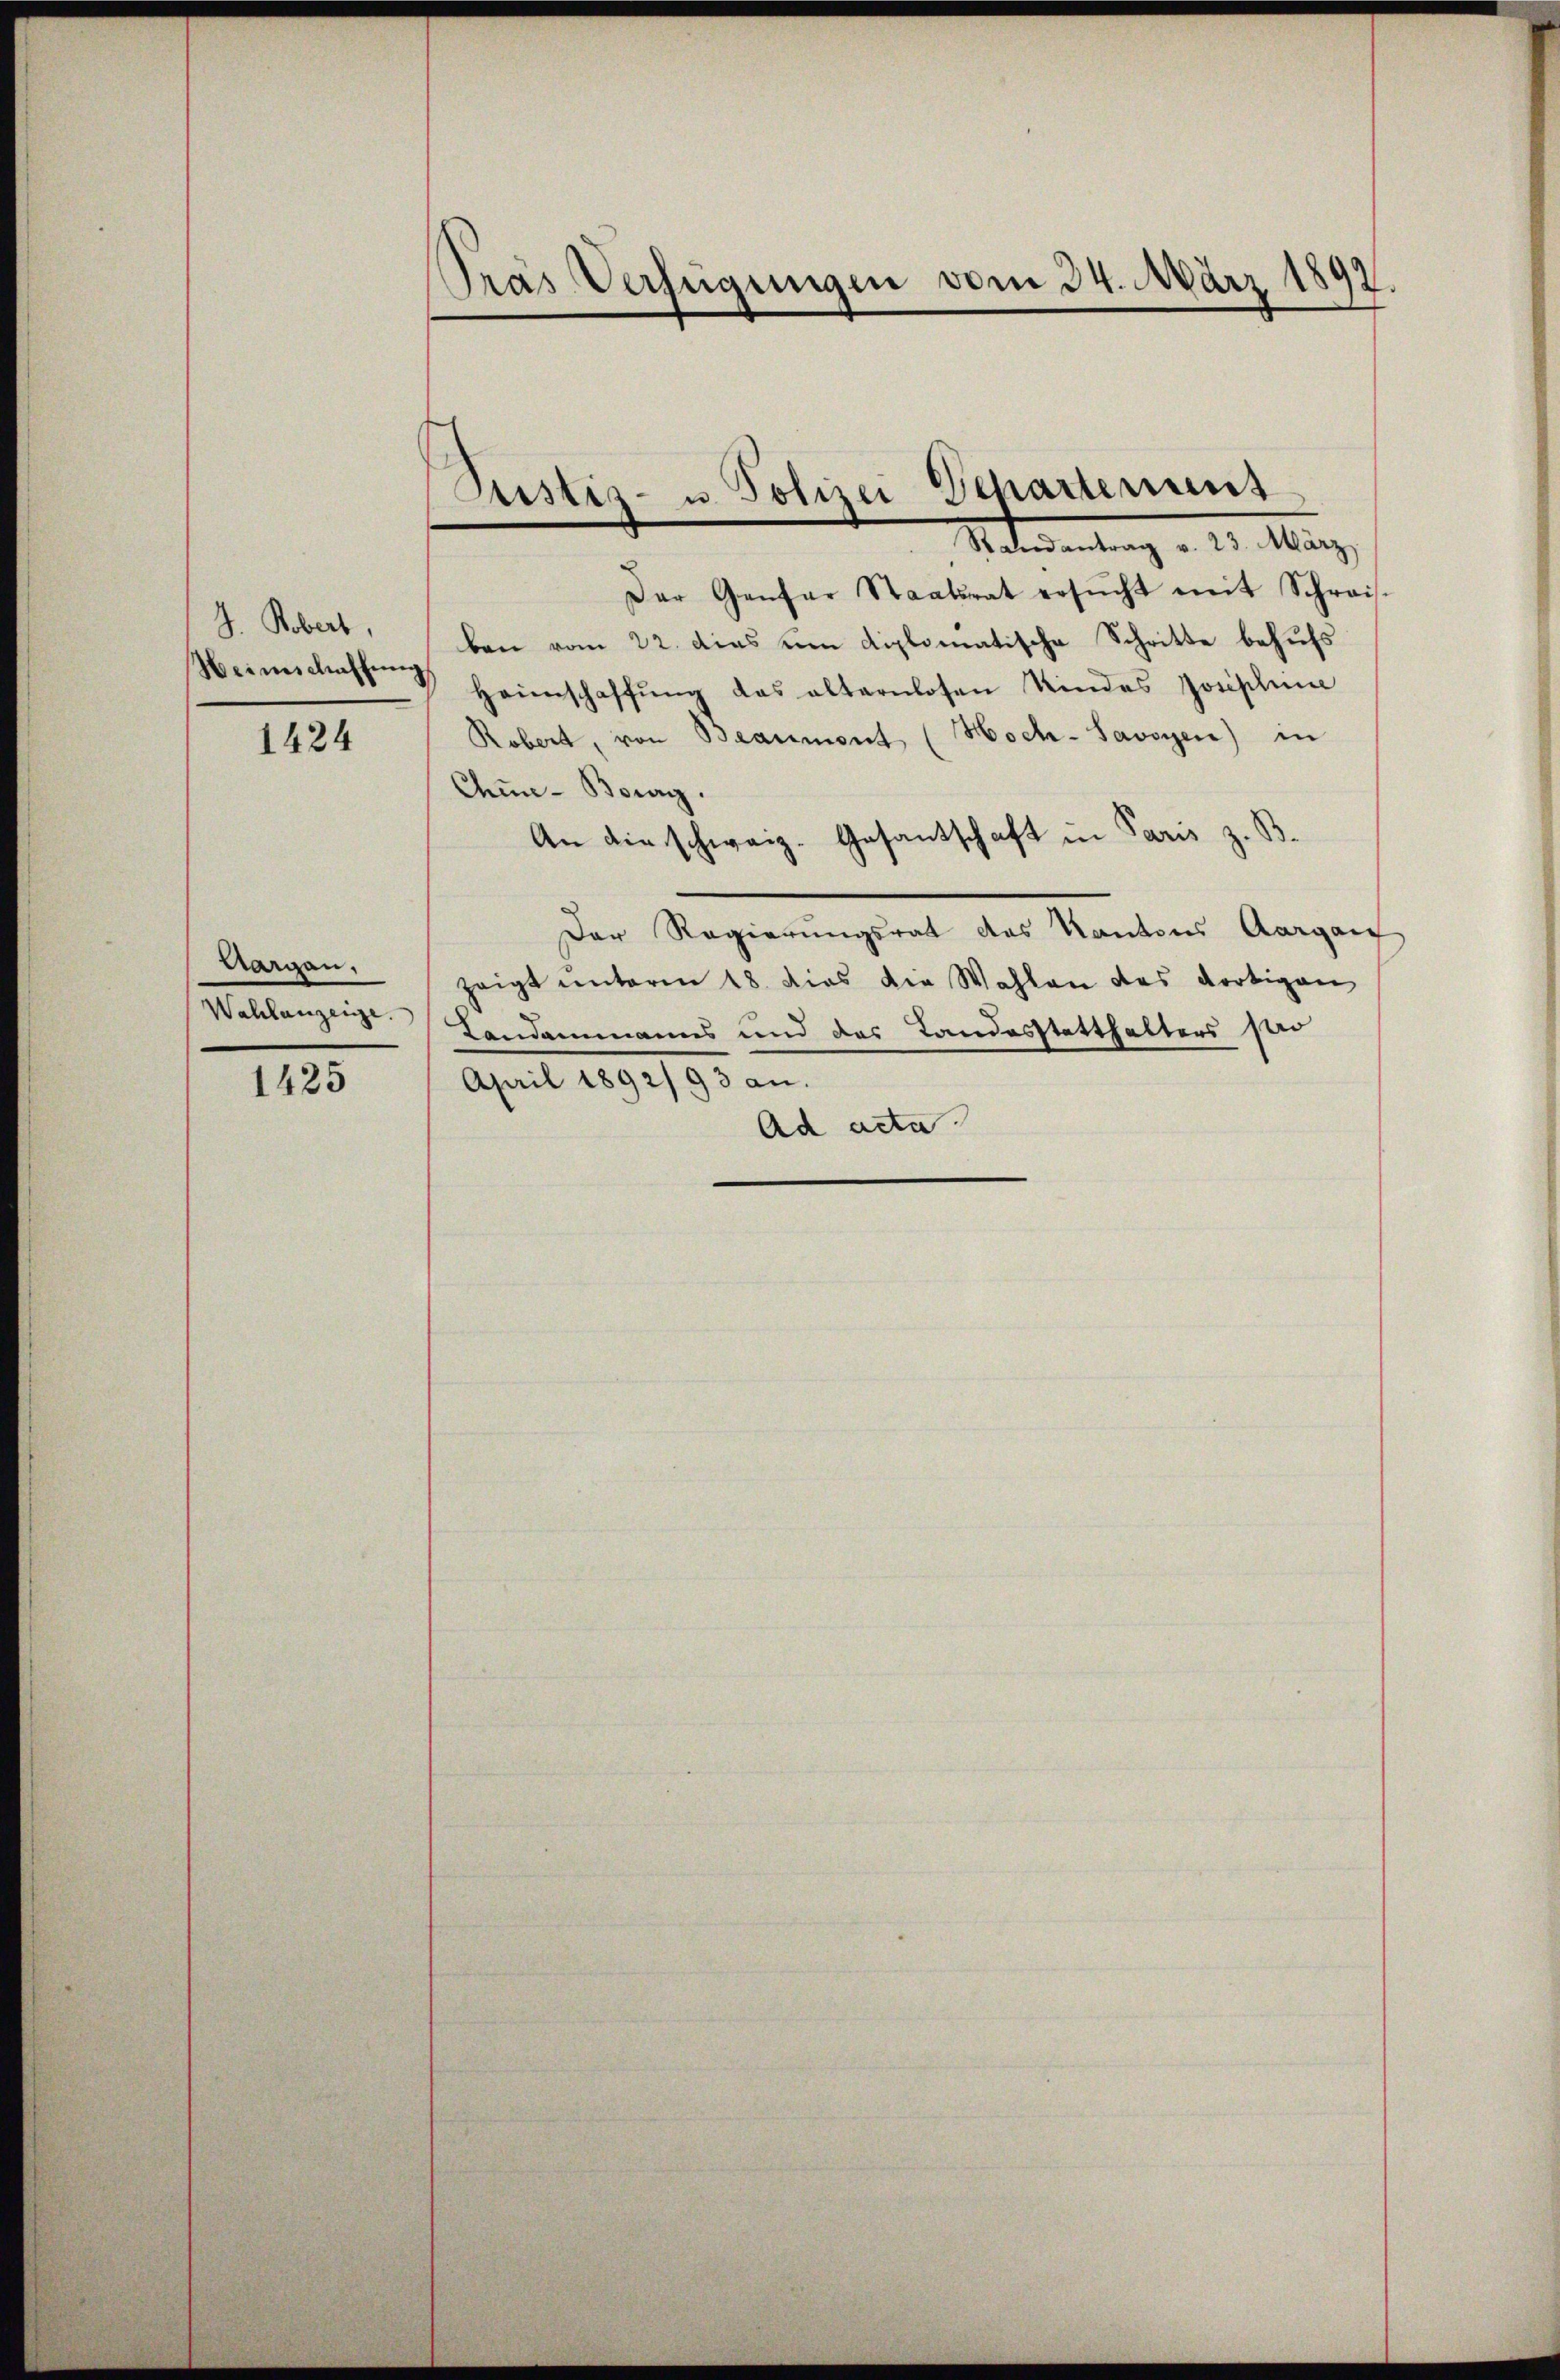
J. Robert,
Weinschaffung

1424

Aargau,
Wahlanzeige.

1425

Pras Verfügungen vom 24. März 1892.

Rustiz- u. Polizei Departement
Nodementrag v. 2. Marg

Der Genfar Staatsrat ersŭcht mit Schreis
ben vom 22. dies um diplomatische Schritte behufs
4 Heimschaffŭng das alternlosen Kindes Josischeine
Robert, von Beaumont (Hoch-Savoyen) in
Chine-Berg.
An die schweiz. Gesantschaft in Paris z. B.
Der Regierungsrat das Kantons Aargau
zeigt unterm 18. dies die Wahlen des dortigen
Landammanns und des Landesstatthalters sei
April 1892/93 an.
Ad acta